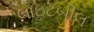
લાઇટબીલ